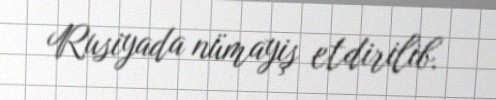
Rusiyada nümayiş etdirilib.